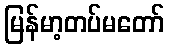
မြန်မာ့တပ်မတော်